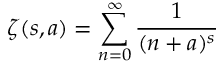
\zeta ( s , a ) = \sum _ { n = 0 } ^ { \infty } \frac { 1 } { ( n + a ) ^ { s } }